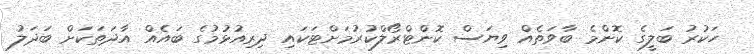
ހަކުރު ބަލީގެ ކޮންމެ ބާވަތެއް ވިޔަސް ކޮންޓްރޯލްކުރުމަށްޓަކައި ދިރިއުޅުމުގެ ބައެއް އާދަތަކަށް ބަދަލު